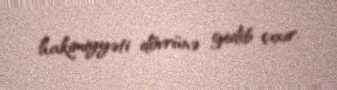
hakimiyyəti dövrünə gedib çıxır.